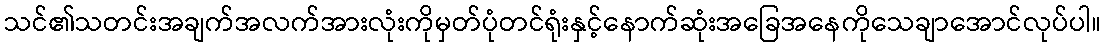
သင်၏သတင်းအချက်အလက်အားလုံးကိုမှတ်ပုံတင်ရုံးနှင့်နောက်ဆုံးအခြေအနေကိုသေချာအောင်လုပ်ပါ။